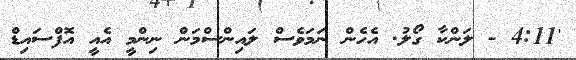
'4:11 - ލަންކާ ގޯލު. އެހެން ނަމަވެސް ލައިންސްމަން ނިންމީ އެއީ އޮފްސައިޑް